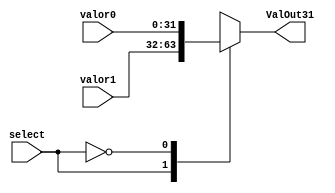
`timescale 1ns/1ns
module Mux31bits(
    input [31:0]valor1,
    input [31:0]valor0,
    input select,
    output reg [31:0]ValOut31
);

always @*
    begin
        case(select)
        1'b1:
            ValOut31=valor1;
        1'b0:
            ValOut31=valor0;
        endcase
    end
endmodule